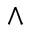
\wedge